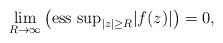
LaTeX: \begin{align*}\lim_{R \to \infty} \left( \mbox{ess~sup}_{|z| \ge R} |f(z)| \right)=0 ,\end{align*}